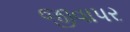
જીવાપર